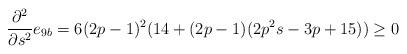
LaTeX: \begin{align*}\frac{\partial^2}{\partial s^2}e_{9b}&=6(2p-1)^2 (14+(2p-1)(2p^2 s-3p+15))\ge 0\end{align*}